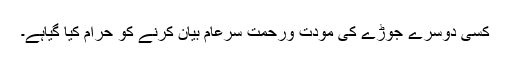
کسی دوسرے جوڑے کی مودت ورحمت سرعام بیان کرنے کو حرام کیا گیاہے۔